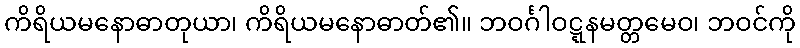
ကိရိယမနောဓာတုယာ၊ ကိရိယမနောဓာတ်၏။ ဘဝင်္ဂါဝဋ္ဋနမတ္တမေဝ၊ ဘဝင်ကို